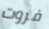
فروت